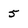
Character: 5